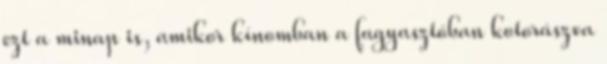
ezt a minap is, amikor kínomban a fagyasztóban kotorászva